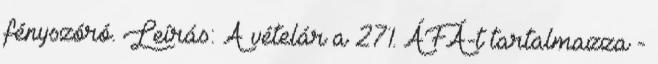
fényszóró. Leírás: A vételár a 27% ÁFÁ-t tartalmazza -